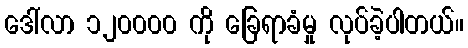
ဒေါ်လာ ၁၂၀၀၀၀ ကို ခြေရာခံမှု လုပ်ခဲ့ပါတယ်။